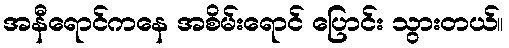
အနီရောင်ကနေ အစိမ်းရောင် ပြောင်း သွားတယ်။